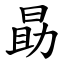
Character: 勗